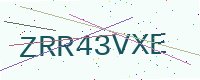
Text: ZRR43VXE